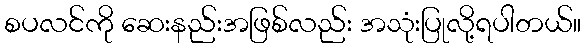
စပလင်ကို ဆေးနည်းအဖြစ်လည်း အသုံးပြုလို့ရပါတယ်။